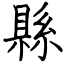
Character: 縣